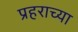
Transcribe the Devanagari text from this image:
प्रहराच्या